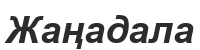
Жаңадала